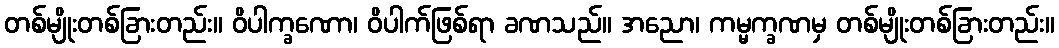
တစ်မျိုးတစ်ခြားတည်း။ ဝိပါက္ခဏော၊ ဝိပါက်ဖြစ်ရာ ခဏသည်။ အညော၊ ကမ္မက္ခဏမှ တစ်မျိုးတစ်ခြားတည်း။